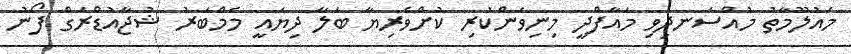
މައުލޫމާތު މުއްސަނދިވި މައާފްދީ މިނިވަންކުރި ކުށްވެރިޔާ ބަލާ ދިޔައީ މެމްބަރު ޝުޖާއުޑްރަގް ފޯނު